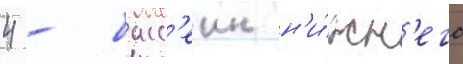
4 - басс'еин н'и́жн'его